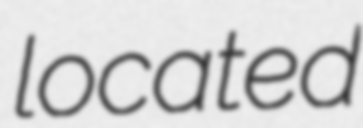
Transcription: located